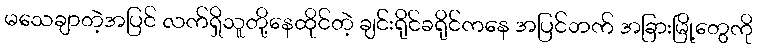
မသေချာတဲ့အပြင် လက်ရှိသူတို့နေထိုင်တဲ့ ချင်းရိုင်ခရိုင်ကနေ အပြင်ဘက် အခြားမြို့တွေကို